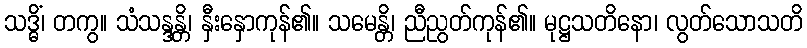
သဒ္ဓိံ၊ တကွ။ သံသန္ဒန္တိ၊ နှီးနှောကုန်၏။ သမေန္တိ၊ ညီညွတ်ကုန်၏။ မုဋ္ဌသတိနော၊ လွတ်သောသတိ